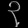
Digit: ၃